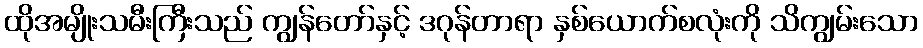
ထိုအမျိုးသမီးကြီးသည် ကျွန်တော်နှင့် ဒဂုန်တာရာ နှစ်ယောက်စလုံးကို သိကျွမ်းသော